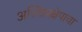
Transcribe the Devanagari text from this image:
अस्थिप्रक्षेपाचा